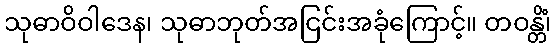
သုဓာဝိဝါဒေန၊ သုဓာဘုတ်အငြင်းအခုံကြောင့်။ တဝန္တိံ၊